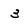
Character: 3